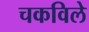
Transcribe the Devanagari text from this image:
चकविले